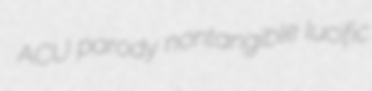
ACU parody nontangible lucific